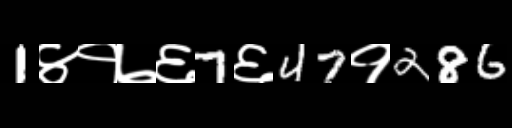
Text: 1४१७६7६47१286